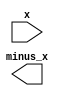
module neg(
    input [31:0]x,

    output [31:0]minus_x
);

/*
*   Problem 3:
*   Describe sign-inversion logic here.
*/

endmodule